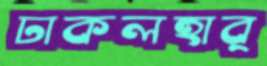
ঢাকলহার্